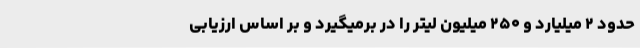
حدود ۲ میلیارد و ۲۵۰ میلیون لیتر را در برمیگیرد و بر اساس ارزیابی